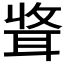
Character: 𫆃